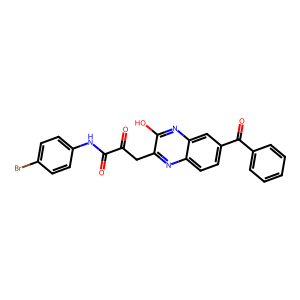
SMILES: O=C(Cc1nc2ccc(C(=O)c3ccccc3)cc2nc1O)C(=O)Nc1ccc(Br)cc1
Inhibits HIV replication: No